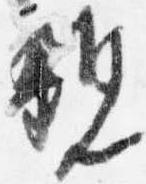
親